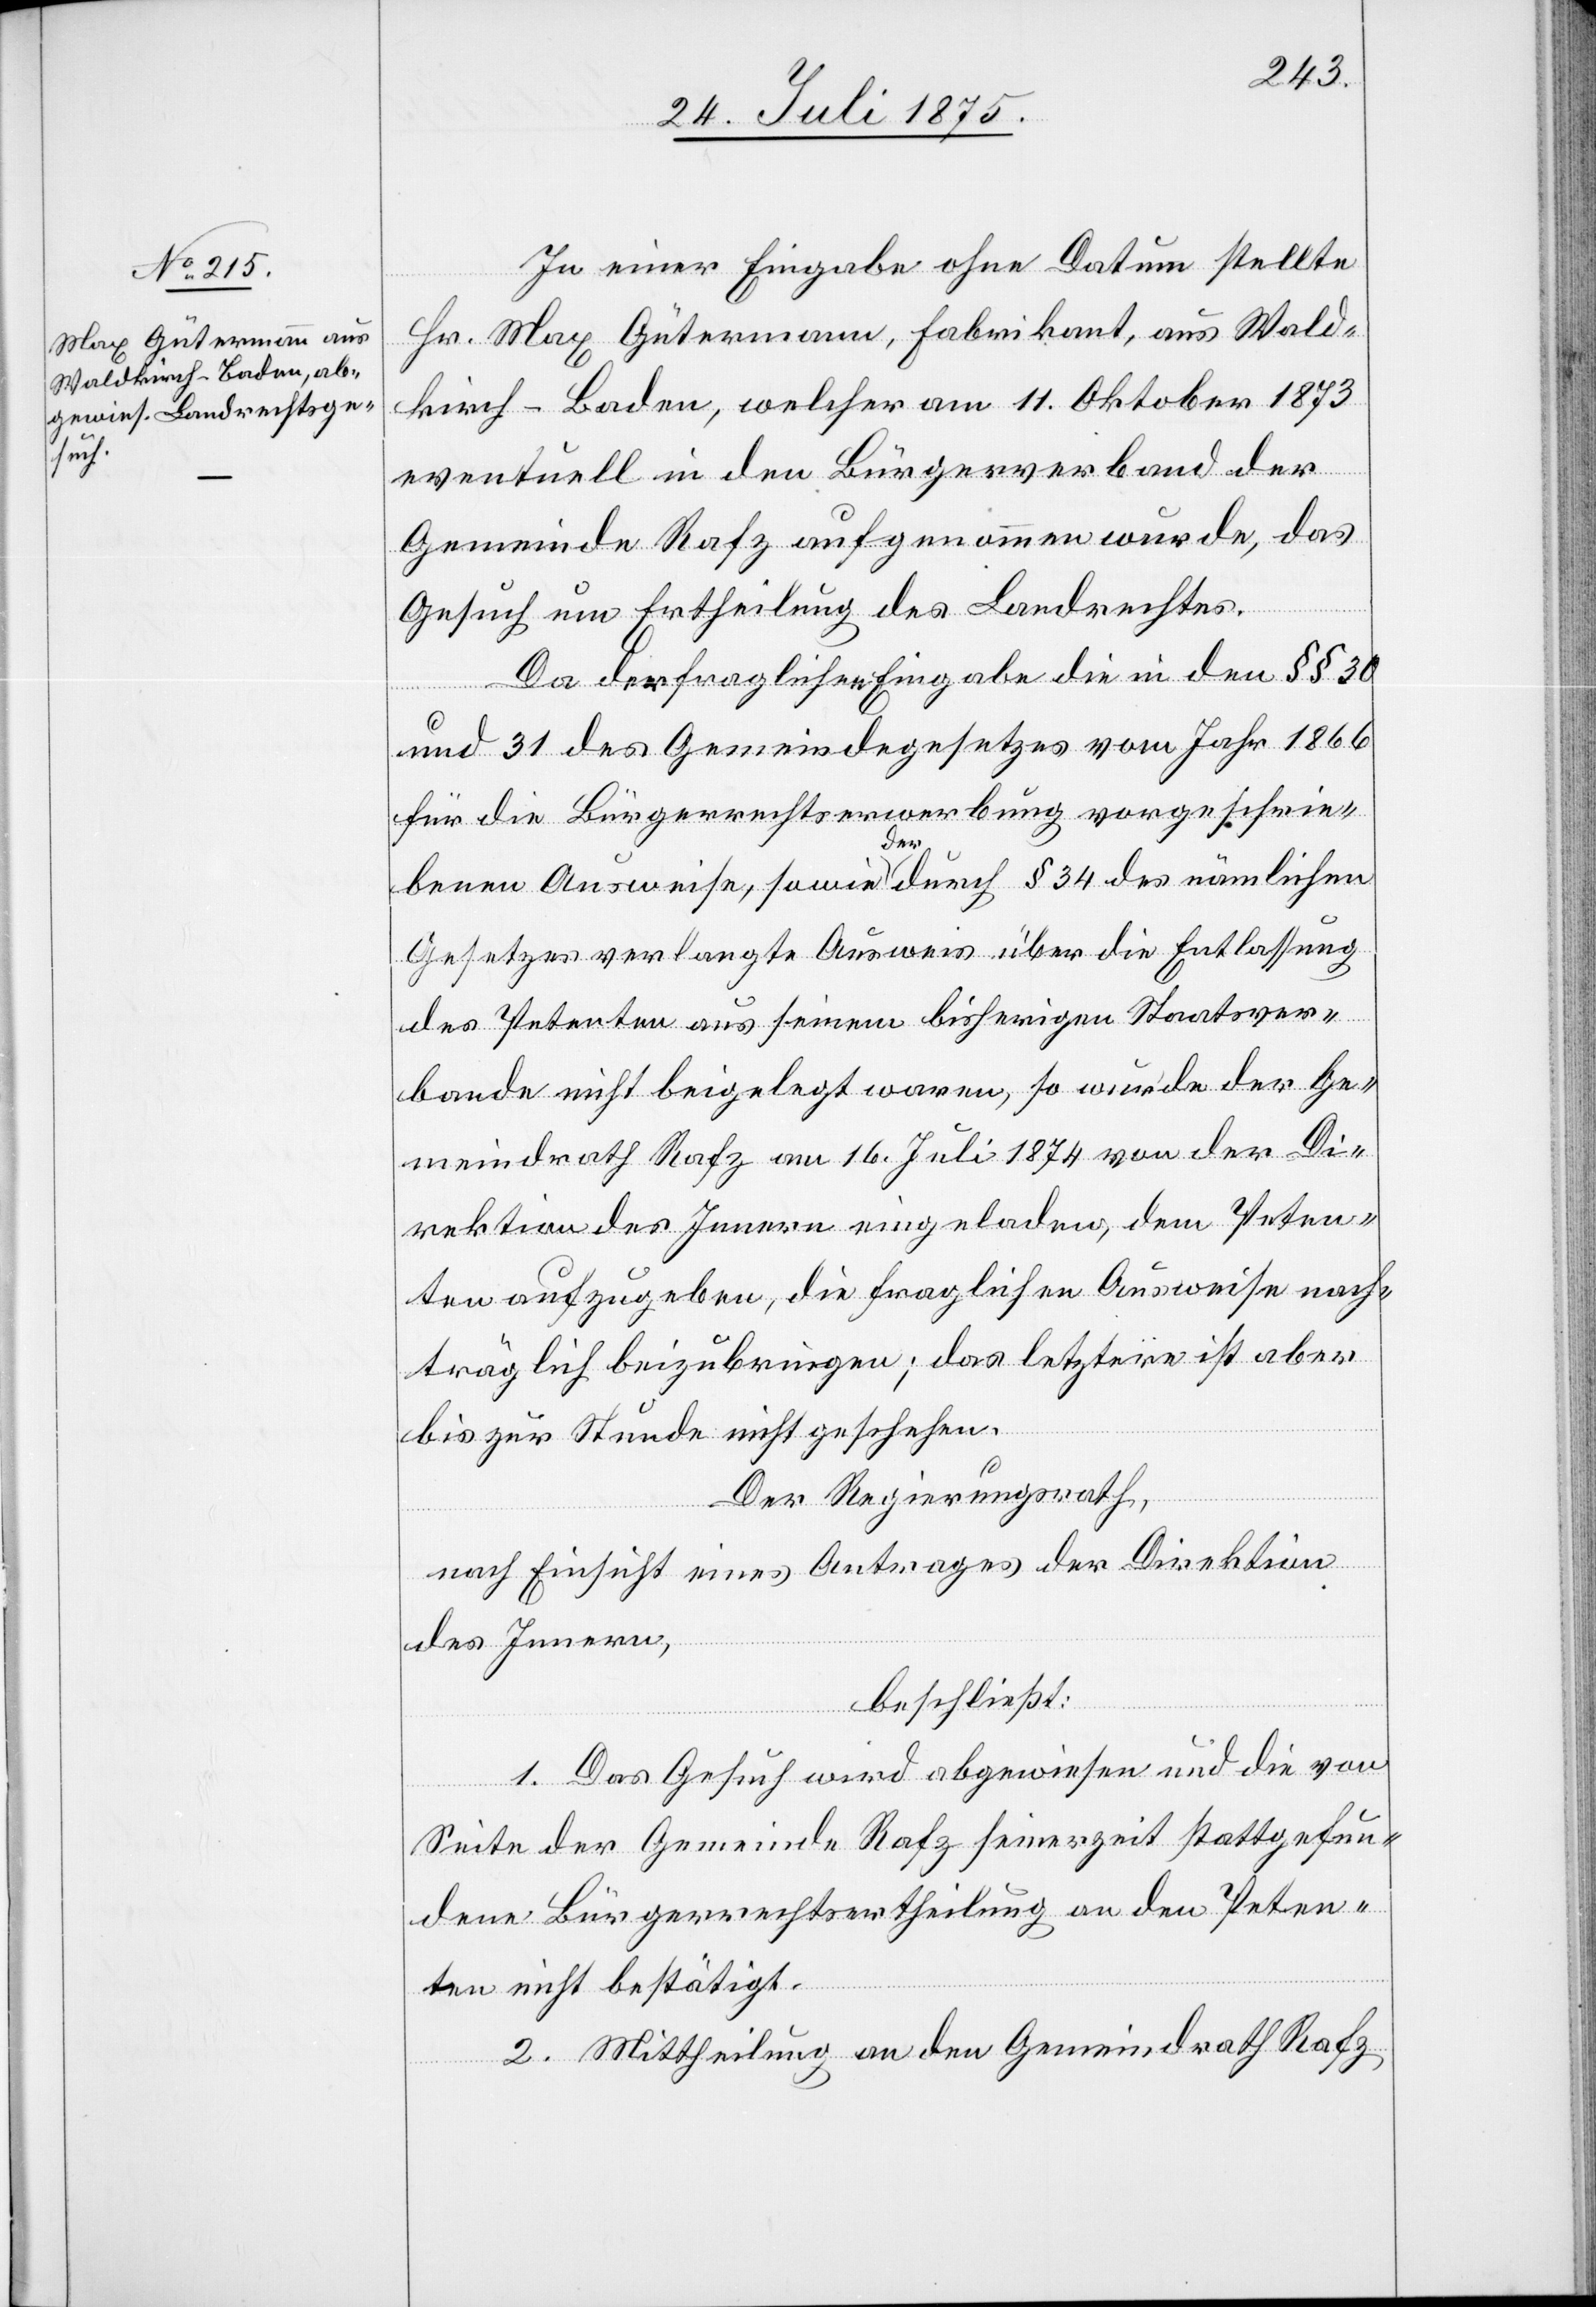
In einer Eingabe ohne Datum stellte
Hr. Max Gütermann, Fabrikant, aus Wald¬
kirch - Baden, welcher am 11. Oktober 1873
eventuell in den Bürgerverband der
Gemeinde Rafz aufgenommen wurde, das
Gesuch um Ertheilung des Landrechtes.
Da der fraglichen Eingabe die in den §§ 30
und 31 des Gemeindegesetzes vom Jahr 1866
für die Bürgerrechtserwerbung vorgeschrie¬
benen Ausweise, sowie der durch § 34 des nämlichen
Gesetzes verlangte Ausweis über die Entlassung
des Petenten aus seinem bisherigen Staatsver¬
bande nicht beigelegt waren, so wurde der Ge¬
meindrath Rafz am 16. Juli 1874 von der Di¬
rektion des Innern eingeladen, dem Peten¬
ten aufzugeben, die fraglichen Ausweise nach¬
träglich beizubringen; das letztere ist aber
bis zur Stunde nicht geschehen.
Der Regierungsrath,
nach Einsicht eines Antrages der Direktion
des Innern,
beschließt:
1. Das Gesuch wird abgewiesen und die von
Seite der Gemeinde Rafz seinerzeit stattgefun¬
dene Bürgerrechtsertheilung an den Peten¬
ten nicht bestätigt.
2. Mittheilung an den Gemeindrath Rafz